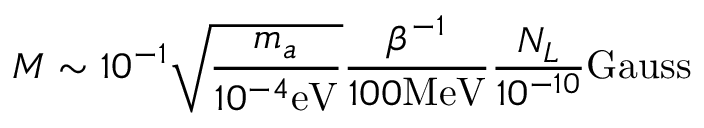
M \sim 1 0 ^ { - 1 } \sqrt { \frac { m _ { a } } { 1 0 ^ { - 4 } \mathrm { e V } } } \frac { \beta ^ { - 1 } } { 1 0 0 \mathrm { M e V } } \frac { N _ { L } } { 1 0 ^ { - 1 0 } } \mathrm { G a u s s }